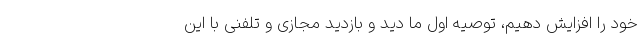
خود را افزایش دهیم‌، توصیه اول ما دید و بازدید مجازی و تلفنی با این